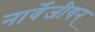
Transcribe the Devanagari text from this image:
नार्वेजीयन्